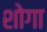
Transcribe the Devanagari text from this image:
शोगा